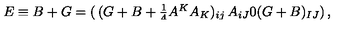
E \equiv B + G = \left( \begin{matrix} { ( G + B + { \frac { 1 } { 4 } } A ^ { K } A _ { K } ) _ { i j } } & { A _ { i J } } \\ { 0 } & { ( G + B ) _ { I J } } \\ \end{matrix} \right) ,